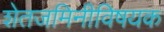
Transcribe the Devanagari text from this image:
शेतजमिनीविषयक